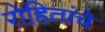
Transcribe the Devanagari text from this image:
रोहितांचे